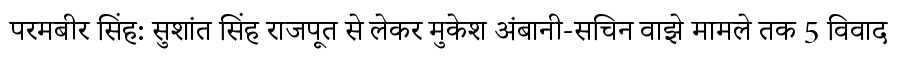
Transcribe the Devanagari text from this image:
परमबीर सिंह: सुशांत सिंह राजपूत से लेकर मुकेश अंबानी-सचिन वाझे मामले तक 5 विवाद